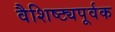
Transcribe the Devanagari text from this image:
वैशिष्ट्यपूर्वक